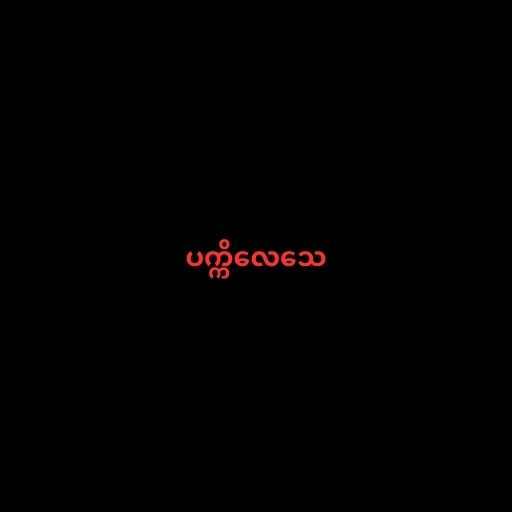
ပက္ကိလေသေ